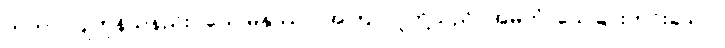
ကတာ၊ ပြုကုန်သနည်း။ ယေ မနုဿာ၊ အကြင်လူတို့သည်။ အမတံ၊ သေခြင်းကင်းသော။